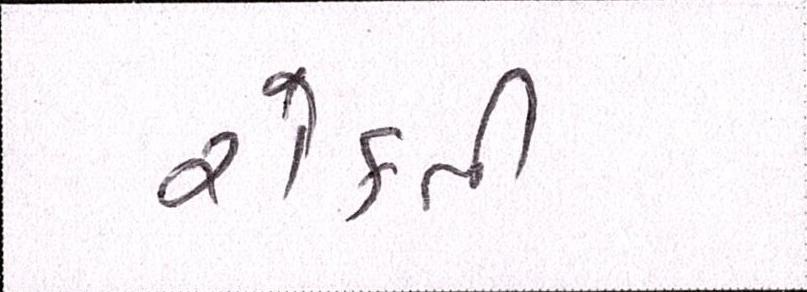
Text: રોકતી